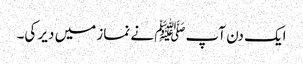
ایک دن آپﷺ نے نماز میں دیر کی۔